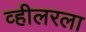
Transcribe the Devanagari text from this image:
व्हीलरला